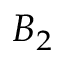
B _ { 2 }